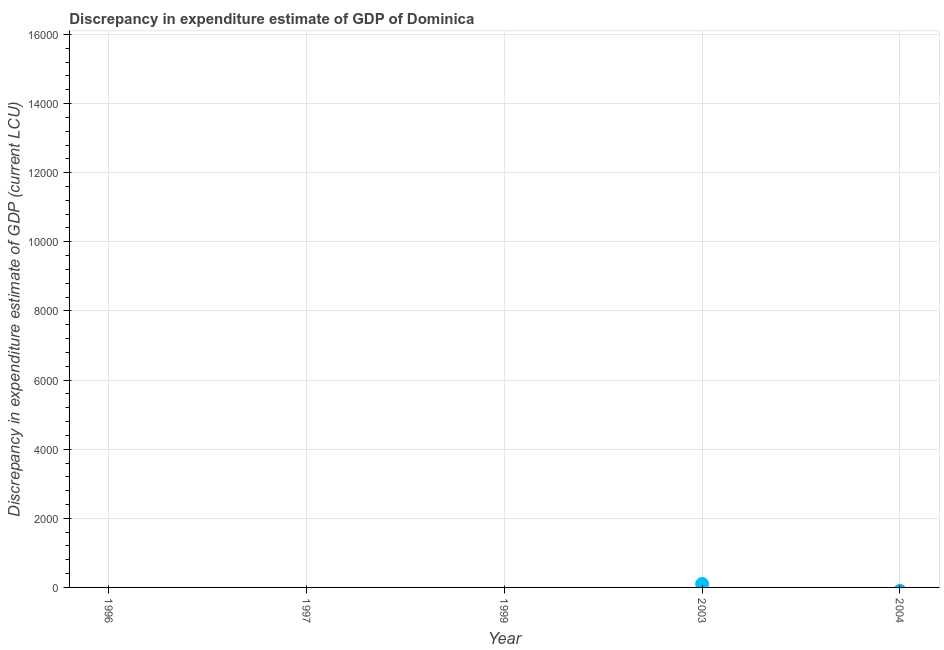
| Year | Discrepancy current LCU |
 | --- | --- |
 | 1996 | -1e+04 |
 | 1997 | -3.2e+05 |
 | 1999 | -1e+04 |
 | 2003 | 100 |
 | 2004 | -100 |